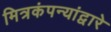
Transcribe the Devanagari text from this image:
मित्रकंपन्यांद्वारे